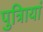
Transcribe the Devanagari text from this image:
पुत्रिायां